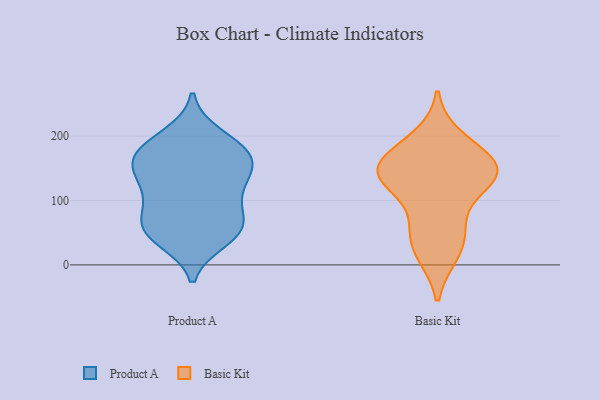
{"axis": {"x": "Customer Acquisition Cost (USD)", "y": "Value"}, "legend": ["Basic Kit", "Product A"], "data": [{"x": "", "y": 54, "type": "Product A"}, {"x": "", "y": 164, "type": "Product A"}, {"x": "", "y": 151, "type": "Product A"}, {"x": "", "y": 80, "type": "Product A"}, {"x": "", "y": 40, "type": "Product A"}, {"x": "", "y": 59, "type": "Product A"}, {"x": "", "y": 119, "type": "Product A"}, {"x": "", "y": 111, "type": "Product A"}, {"x": "", "y": 169, "type": "Product A"}, {"x": "", "y": 181, "type": "Product A"}, {"x": "", "y": 62, "type": "Product A"}, {"x": "", "y": 154, "type": "Product A"}, {"x": "", "y": 50, "type": "Product A"}, {"x": "", "y": 126, "type": "Product A"}, {"x": "", "y": 180, "type": "Product A"}, {"x": "", "y": 200, "type": "Product A"}, {"x": "", "y": 156, "type": "Basic Kit"}, {"x": "", "y": 23, "type": "Basic Kit"}, {"x": "", "y": 150, "type": "Basic Kit"}, {"x": "", "y": 180, "type": "Basic Kit"}, {"x": "", "y": 57, "type": "Basic Kit"}, {"x": "", "y": 142, "type": "Basic Kit"}, {"x": "", "y": 145, "type": "Basic Kit"}, {"x": "", "y": 135, "type": "Basic Kit"}, {"x": "", "y": 127, "type": "Basic Kit"}, {"x": "", "y": 66, "type": "Basic Kit"}, {"x": "", "y": 18, "type": "Basic Kit"}, {"x": "", "y": 196, "type": "Basic Kit"}, {"x": "", "y": 139, "type": "Basic Kit"}]}